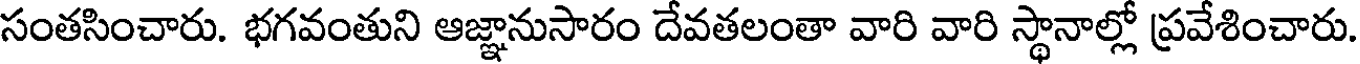
సంతసించారు. భగవంతుని ఆజ్ఞానుసారం దేవతలంతా వారి వారి స్థానాల్లో ప్రవేశించారు